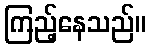
ကြည့်နေသည်။